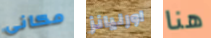
مكانى اورليانز هنا